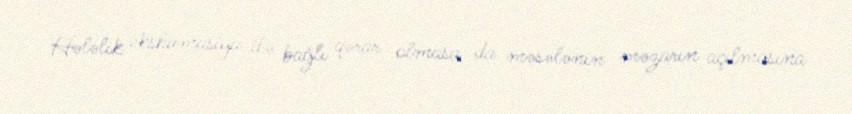
Hələlik ekshumasiya ilə bağlı qərar olmasa da məsələnin məzarın açılmasına